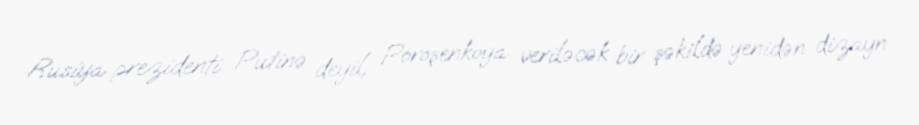
Rusiya prezidenti Putinə deyil, Poroşenkoya veriləcək bir şəkildə yenidən dizayn